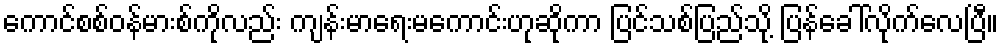
ကောင်စစ်ဝန်မားစ်ကိုလည်း ကျန်းမာရေးမကောင်းဟုဆိုကာ ပြင်သစ်ပြည်သို့ ပြန်ခေါ်လိုက်လေပြီ။